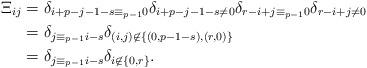
LaTeX: \begin{align*}\textstyle \Xi_{ij} & \textstyle = \delta_{i+p-j-1-s \equiv_{p-1} 0} \delta_{i+p-j-1-s \ne 0} \delta_{r-i+j\equiv_{p-1} 0} \delta_{r-i+j \ne 0}\\ & \textstyle= \delta_{j \equiv_{p-1} i - s} \delta_{(i,j) \not\in \{(0,p-1-s), (r,0)\}}\\ & \textstyle= \delta_{j \equiv_{p-1} i - s} \delta_{i \not\in \{0,r\}}.\end{align*}